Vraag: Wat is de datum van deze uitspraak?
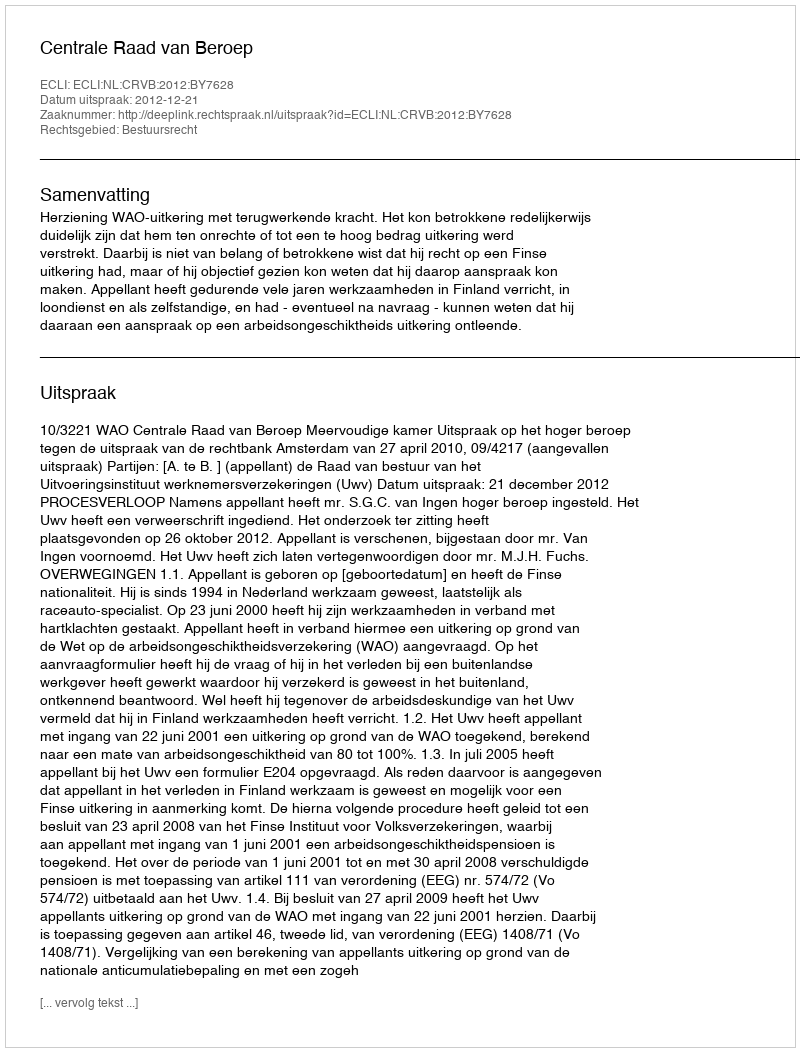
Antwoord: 2012-12-21